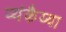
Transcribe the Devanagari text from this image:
व्यंकैय्या